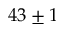
4 3 \pm 1